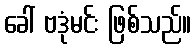
ခေါ် ဗဒုံမင်း ဖြစ်သည်။